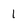
Character: 1